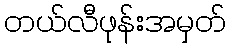
တယ်လီဖုန်းအမှတ်